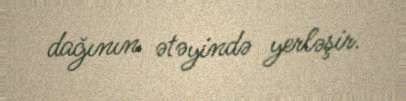
dağının ətəyində yerləşir.